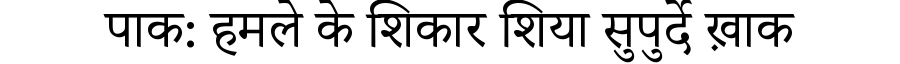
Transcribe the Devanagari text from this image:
पाक: हमले के शिकार शिया सुपुर्दे ख़ाक